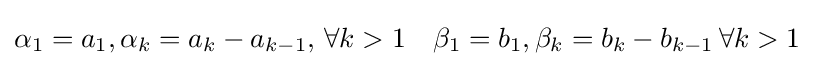
\alpha _{1}=a_{1},\alpha _{k}=a_{k}-a_{k-1},\,\forall k>1\quad \beta _{1}=b_{1},\beta _{k}=b_{k}-b_{k-1}\,\forall k>1